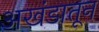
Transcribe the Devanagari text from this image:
अखंडातून